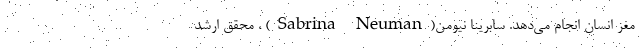
مغز انسان انجام می‌دهد. سابرینا نیومن(Sabrina Neuman) ، محقق ارشد